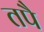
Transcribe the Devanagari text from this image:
तपै